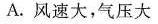
A.风速大，气压大